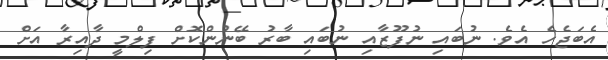
އެބަޖެހެ އެވެ. ނުބައި ނުފޫޒާއި ނުބައި ބާރު ބޭނުންކޮށް ފިލްމީ ދާއިރާ އަށް